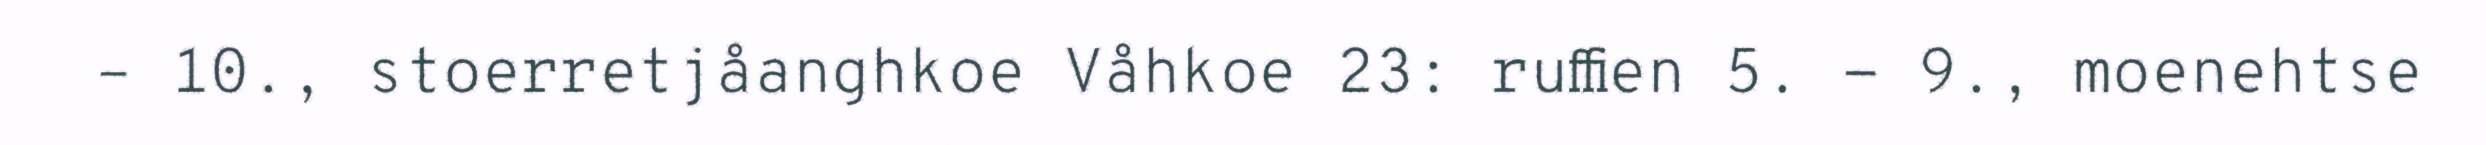
– 10., stoerretjåanghkoe Våhkoe 23: ruffien 5. - 9., moenehtse